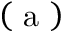
\left( \mathrm { ~ a ~ } \right)